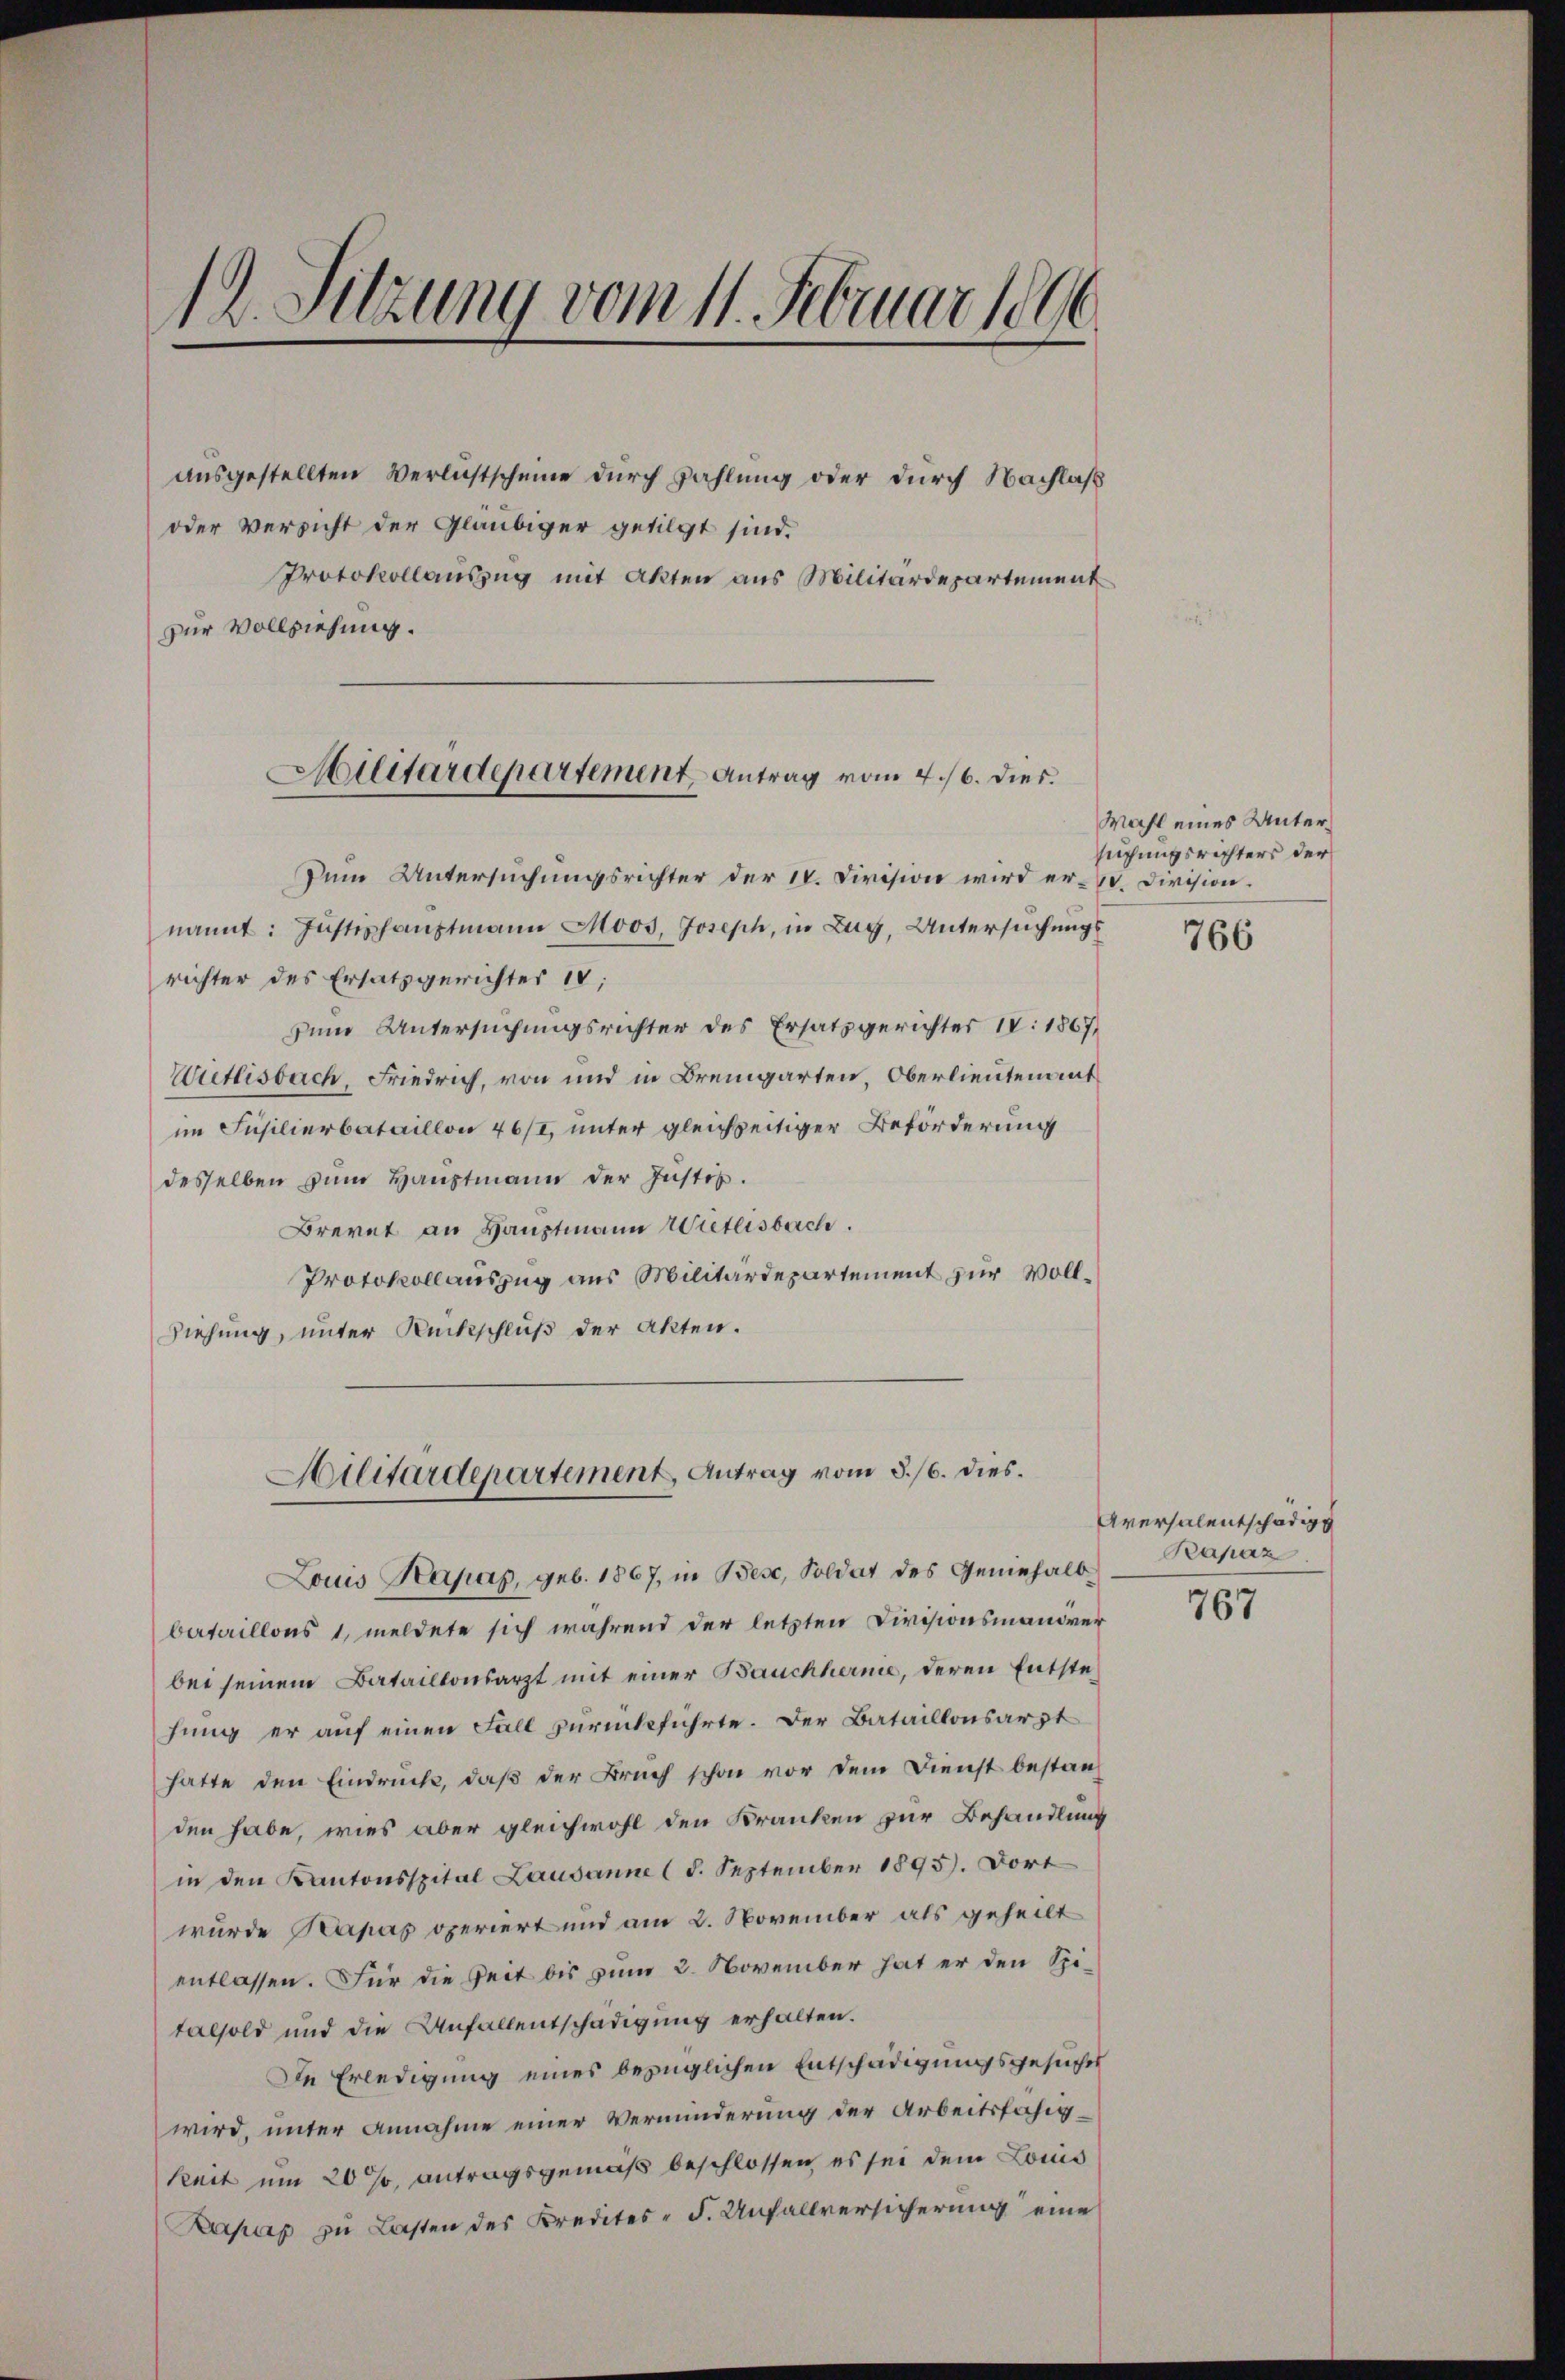
12. Sitzung vom 11. Februar 1896.

ausgestellten Verlichtscheine durch Zahlung oder durch Nachlaß
oder Versicht der Gläubiger getilgt sind.
Protokollauszug mit Akten aus Militärdepartement
zur Vollziehung.

Ailitärdepartement Antrag vom 4./6. dies.

Dein Untersuchungsrichter der 18. Division wird er- Division.
nannt: Justizhaŭptmann Moos, Joseph, in Zug, Untersuchungs
richter des Ersatzgerichter 18;
zum Untersuchungsrichter des Ersatzgerichter IV 1867,
Wietlisbach, Friedrich, von und in Bremgarten, Oberlieutenant
im Füsilierbataillon 46/I, unter gleichzeitiger Beförderung
desselben zum Hauptmann der Justiz.
Brennt an Hauptmann Wietlisbach.
Protokollauszug aus Militärdepartement zur Voll¬
Ziehung, unter Rückschluß der Akten.
Louis Kapas, geb. 1867, in Bese, Soldat des Geninhalb-
bataillons 1, meldete sich während der letzten Divisionsmandver
bei seinem Bataillonsarzt mit einer Bauchhernie, deren Entstehung er auf einen Fall zurückführte. Der Bataillonsarzt
hatte den Eindruck, daß der Bruch schon vor dem Dienst bestanden habe, wies aber gleichwohl den Kranken zur Behandlung
in den Kantonsspital Lausanne (1. September 1895). Dort
wurde Kapas operiert und am 2. November als geheilt
entlassen. Für die Zeit bis zum 2. November hat er den Spitalsold und die Unfallentschädigung erhalten.
De Erledigung eines bezüglichen Entschädigungsgesuches
wird, unter Annahme einer Verminderung der Arbeitsfähig¬
Kait um 20 % antragsgemäß beschlossen, es sei dem Louis
Bapap zu Lasten des Kredites - F. Unfallversicherung eine

Hilitärdepartement, Antrag vom 8./6. dies

Wahl eines Untersuchungsrichters der

766

Aversalentschädig
Bapaz

767